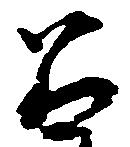
召